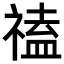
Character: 𥛐